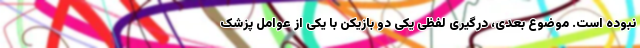
نبوده است. موضوع بعدی، درگیری لفظی یکی دو بازیکن با یکی از عوامل پزشک